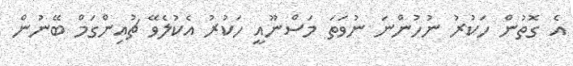
އެ ގޮތުން ހަކުރު ނުހުންނަ ނުވަތަ މަސްނޫއީ ހަކުރު އެކުލެވޭ ޗުއިންގަމް ބޭނުން